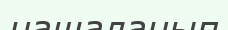
нашаланып